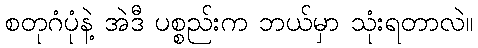
စတုဂံပုံနဲ့ အဲဒီ ပစ္စည်းက ဘယ်မှာ သုံးရတာလဲ။